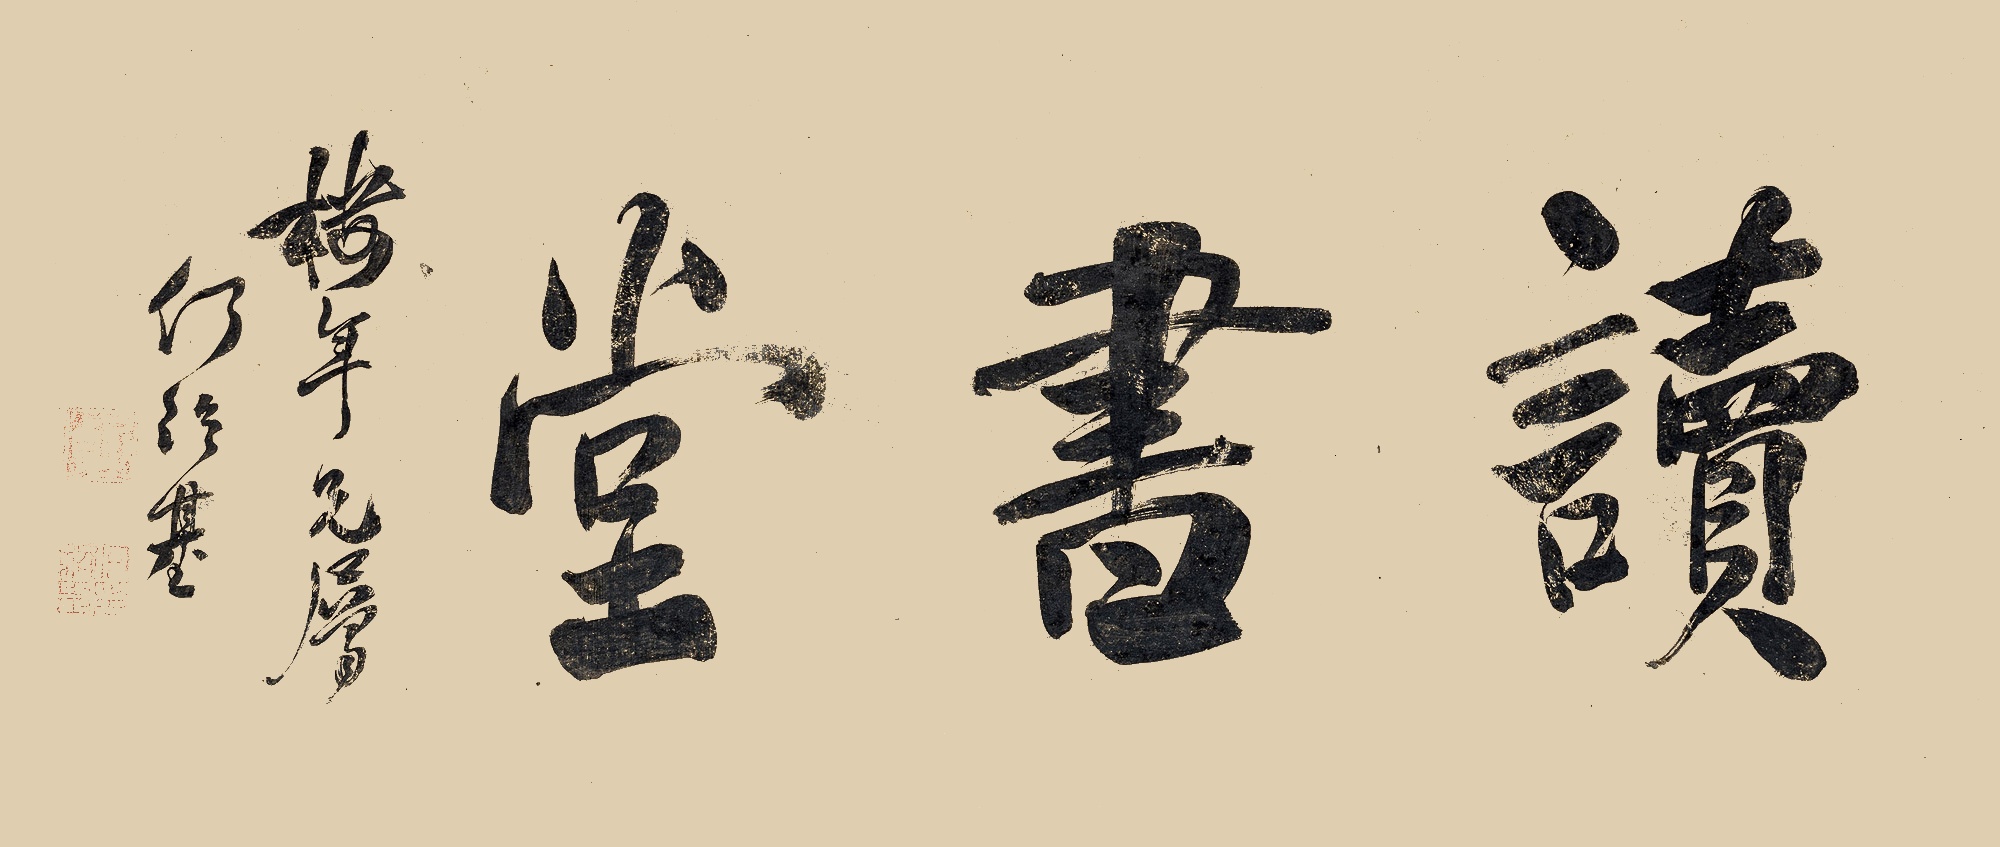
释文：读书堂楼年兄属。何绍基。